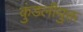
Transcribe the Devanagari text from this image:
कुंडलीयुक्त